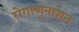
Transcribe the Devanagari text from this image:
रोगाणुनाशन